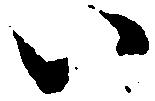
い